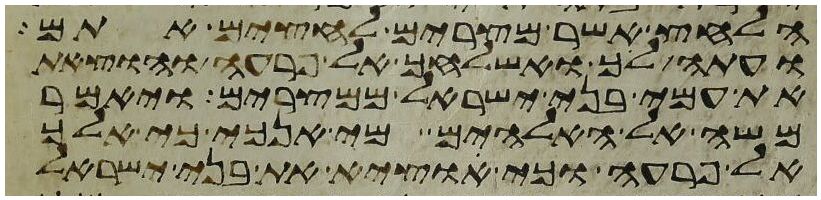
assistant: הלחץ אשר מצרים לחצים אתם
ועתה לך ואשלחך אל פרעה והוצאת
את עמי בני ישראל ממצרים ויאמר
משה אל האלהים מי אנכי כי אלך
אל פרעה וכי אוציא את בני ישראל